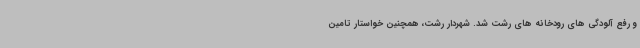
و رفع آلودگی های رودخانه های رشت شد. شهردار رشت، همچنین خواستار تامین